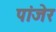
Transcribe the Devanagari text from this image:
पांजेर